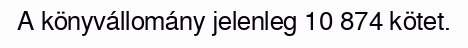
A könyvállomány jelenleg 10 874 kötet.